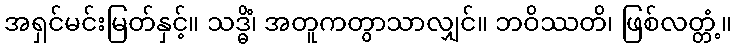
အရှင်မင်းမြတ်နှင့်။ သဒ္ဓိံ၊ အတူကတွာသာလျှင်။ ဘဝိဿတိ၊ ဖြစ်လတ္တံ့။